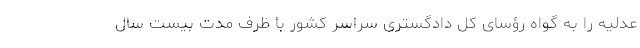
عدلیه را به گواه رؤسای کل دادگستری سراسر کشور با ظرف مدت بیست سال